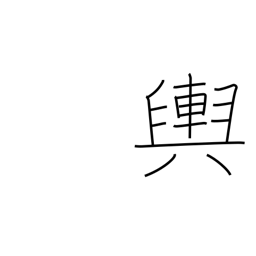
Meaning: the earth